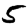
Digit: 5